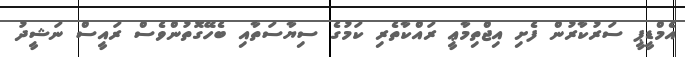
އެމްޑީޕީ ސަރުކާރުން ފެށި އިޖްތިމާޢީ ރައްކާތެރި ކަމުގެ ސިޔާސަތާއި ބެހޭގޮތުންވެސް ރައީސް ނަޝީދު